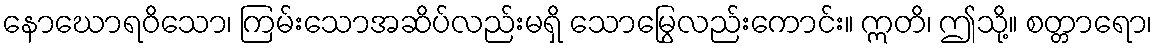
နောဃောရဝိသော၊ ကြမ်းသောအဆိပ်လည်းမရှိ သောမြွေလည်းကောင်း။ ဣတိ၊ ဤသို့။ စတ္တာရော၊